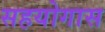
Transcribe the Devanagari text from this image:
सहयोगास